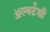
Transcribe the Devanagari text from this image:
ॲल्बर्टशी